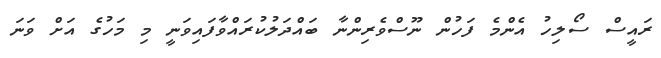
ރައީސް ސޯލިހު އެންމެ ފަހުން ނޫސްވެރިންނާ ބައްދަލުކުރައްވާފައިވަނީ މި މަހުގެ އަށް ވަނަ